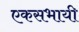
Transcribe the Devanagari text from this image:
एकसभायी